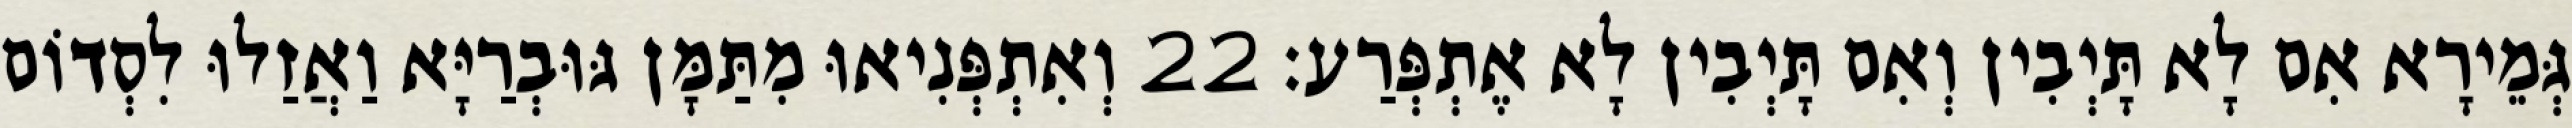
גְּמֵירָא אִם לָא תָּיְבִין וְאִם תָּיְבִין לָא אֶתְפְּרַע׃ 22 וְאִתְפְּנִיאוּ מִתַּמָּן גּוּבְרַיָּא וַאֲזַלוּ לִסְדוֹם